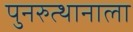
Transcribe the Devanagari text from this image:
पुनरुत्थानाला